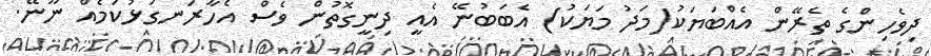
ދިވެހިންގެ ތެރޭން އެއްބަޔަކު(މަދު މަޔަކު) އެބަބުނޭ އެއީ ދިނީގޮތުން ވެސް އެހާރަނގަޅުކަމެއް ނޫނޭ.